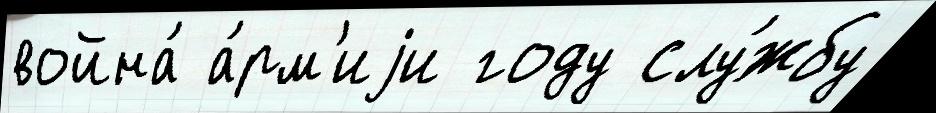
война́ а́рм'иjи году слу́жбу